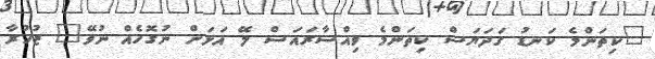
"ކިތަންމެ ކަނޑު ގަދަޔަސް ކިތަންމެ ވިއްސާރައަސް ލޭ އަޅަން ނުގޮހެއް ނުވޭ" ޒުހުރާ